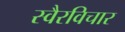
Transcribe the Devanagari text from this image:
स्वैरविचार